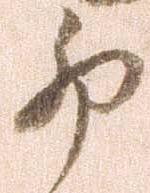
卯